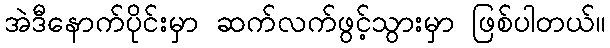
အဲဒီနောက်ပိုင်းမှာ ဆက်လက်ဖွင့်သွားမှာ ဖြစ်ပါတယ်။